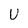
Character: U